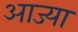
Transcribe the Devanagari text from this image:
आज्या